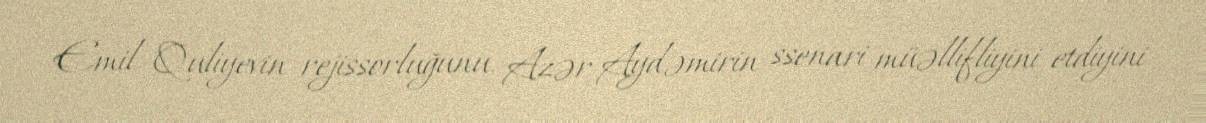
Emil Quliyevin rejissorluğunu, Azər Aydəmirin ssenari müəllifliyini etdiyini